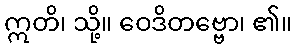
ဣတိ၊ သို့။ ဝေဒိတဗ္ဗော၊ ၏။